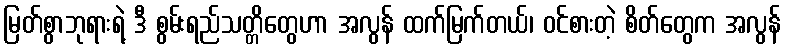
မြတ်စွာဘုရားရဲ့ ဒီ စွမ်းရည်သတ္တိတွေဟာ အလွန် ထက်မြက်တယ်၊ ဝင်စားတဲ့ စိတ်တွေက အလွန်